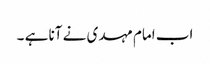
اب امام مہدی نے آنا ہے ۔